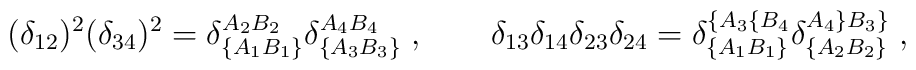
(\delta_{12})^2(\delta_{34})^2=\delta_{\{A_1B_1\}}^{A_2B_2}\delta_{\{A_3B_3\}}^{A_4B_4}\;, \qquad\delta_{13}\delta_{14}\delta_{23}\delta_{24}=\delta_{\{A_1B_1\}}^{\{A_3\{B_4}\delta_{\{A_2B_2\}}^{A_4\}B_3\}}\;,